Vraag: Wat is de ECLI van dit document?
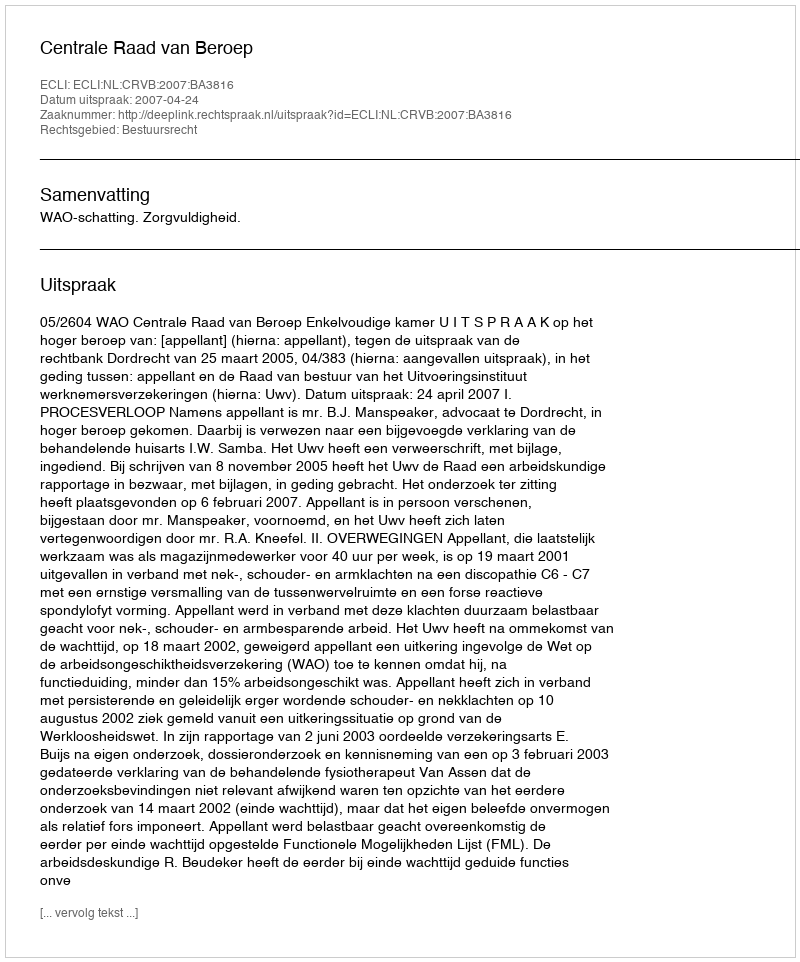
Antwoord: ECLI:NL:CRVB:2007:BA3816